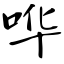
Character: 哗